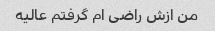
من ازش راضی ام گرفتم عالیه